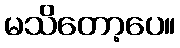
မသိတော့ပေ။